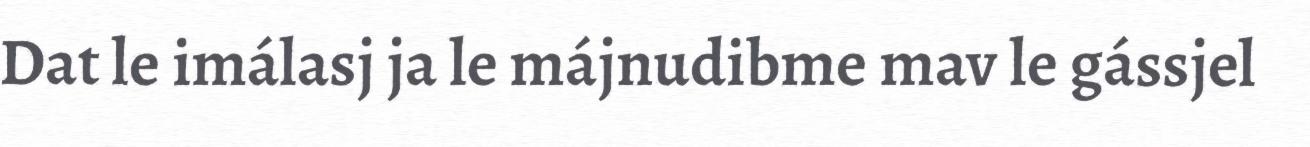
Dat le imálasj ja le májnudibme mav le gássjel